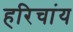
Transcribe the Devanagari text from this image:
हरिचांय